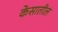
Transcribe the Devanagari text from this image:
केसातील